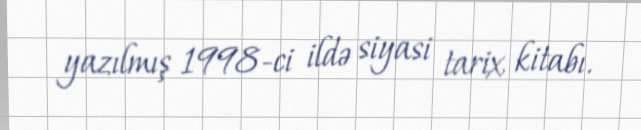
yazılmış 1998-ci ildə siyasi tarix kitabı.